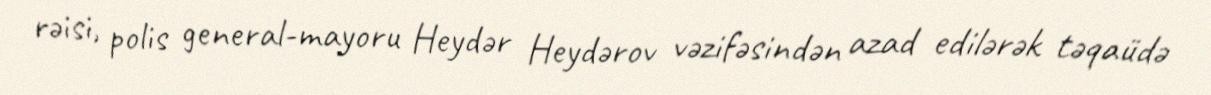
rəisi, polis general-mayoru Heydər Heydərov vəzifəsindən azad edilərək təqaüdə